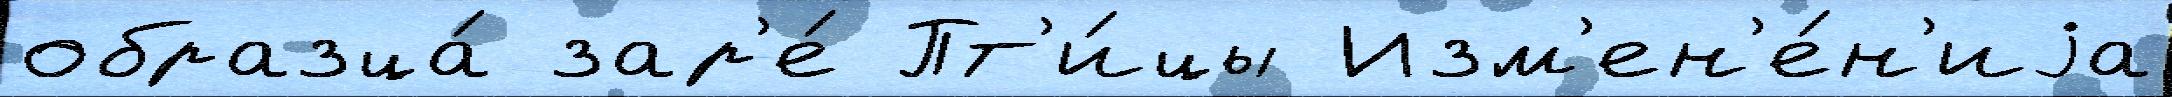
образца́ зар'е́ Пт'и́цы Изм'ен'е́н'иjа